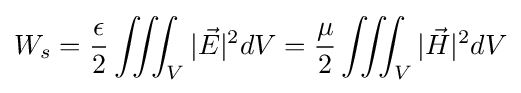
W_{s}={\frac {\epsilon }{2}}\iiint _{V}|{\vec {E}}|^{2}dV={\frac {\mu }{2}}\iiint _{V}|{\vec {H}}|^{2}dV